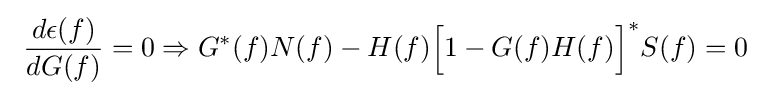
\ {\frac {d\epsilon (f)}{dG(f)}}=0\Rightarrow G^{*}(f)N(f)-H(f){\Big [}1-G(f)H(f){\Big ]}^{*}S(f)=0